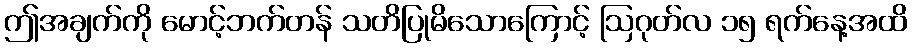
ဤအချက်ကို မောင့်ဘက်တန် သတိပြုမိသောကြောင့် ဩဂုတ်လ ၁၅ ရက်နေ့အထိ